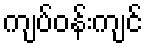
ကျပ်ဝန်းကျင်